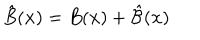
\hat { B } ( { \bf x } ) = B ( { \bf x } ) + \hat { \cal B } ( { \bf x } )